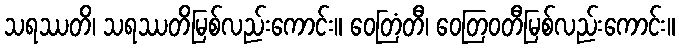
သရဿတိ၊ သရဿတိမြစ်လည်းကောင်း။ ဝေတြံတီ၊ ဝေတြဝတီမြစ်လည်းကောင်း။